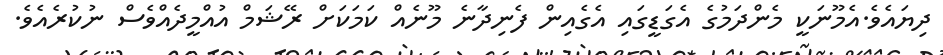
ދިޔައެވެ.އެމޫނަކީ މެންދަމުގެ އެގަޑީގައި އެގެއިން ފެނިދާނެ މޫނެއް ކަމަކަށް ރޭޝަމް އުއްމީދެއްވެސް ނުކުރެއެވެ.